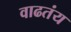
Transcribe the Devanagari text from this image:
वाढतंय